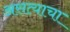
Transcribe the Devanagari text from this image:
असत्याचा